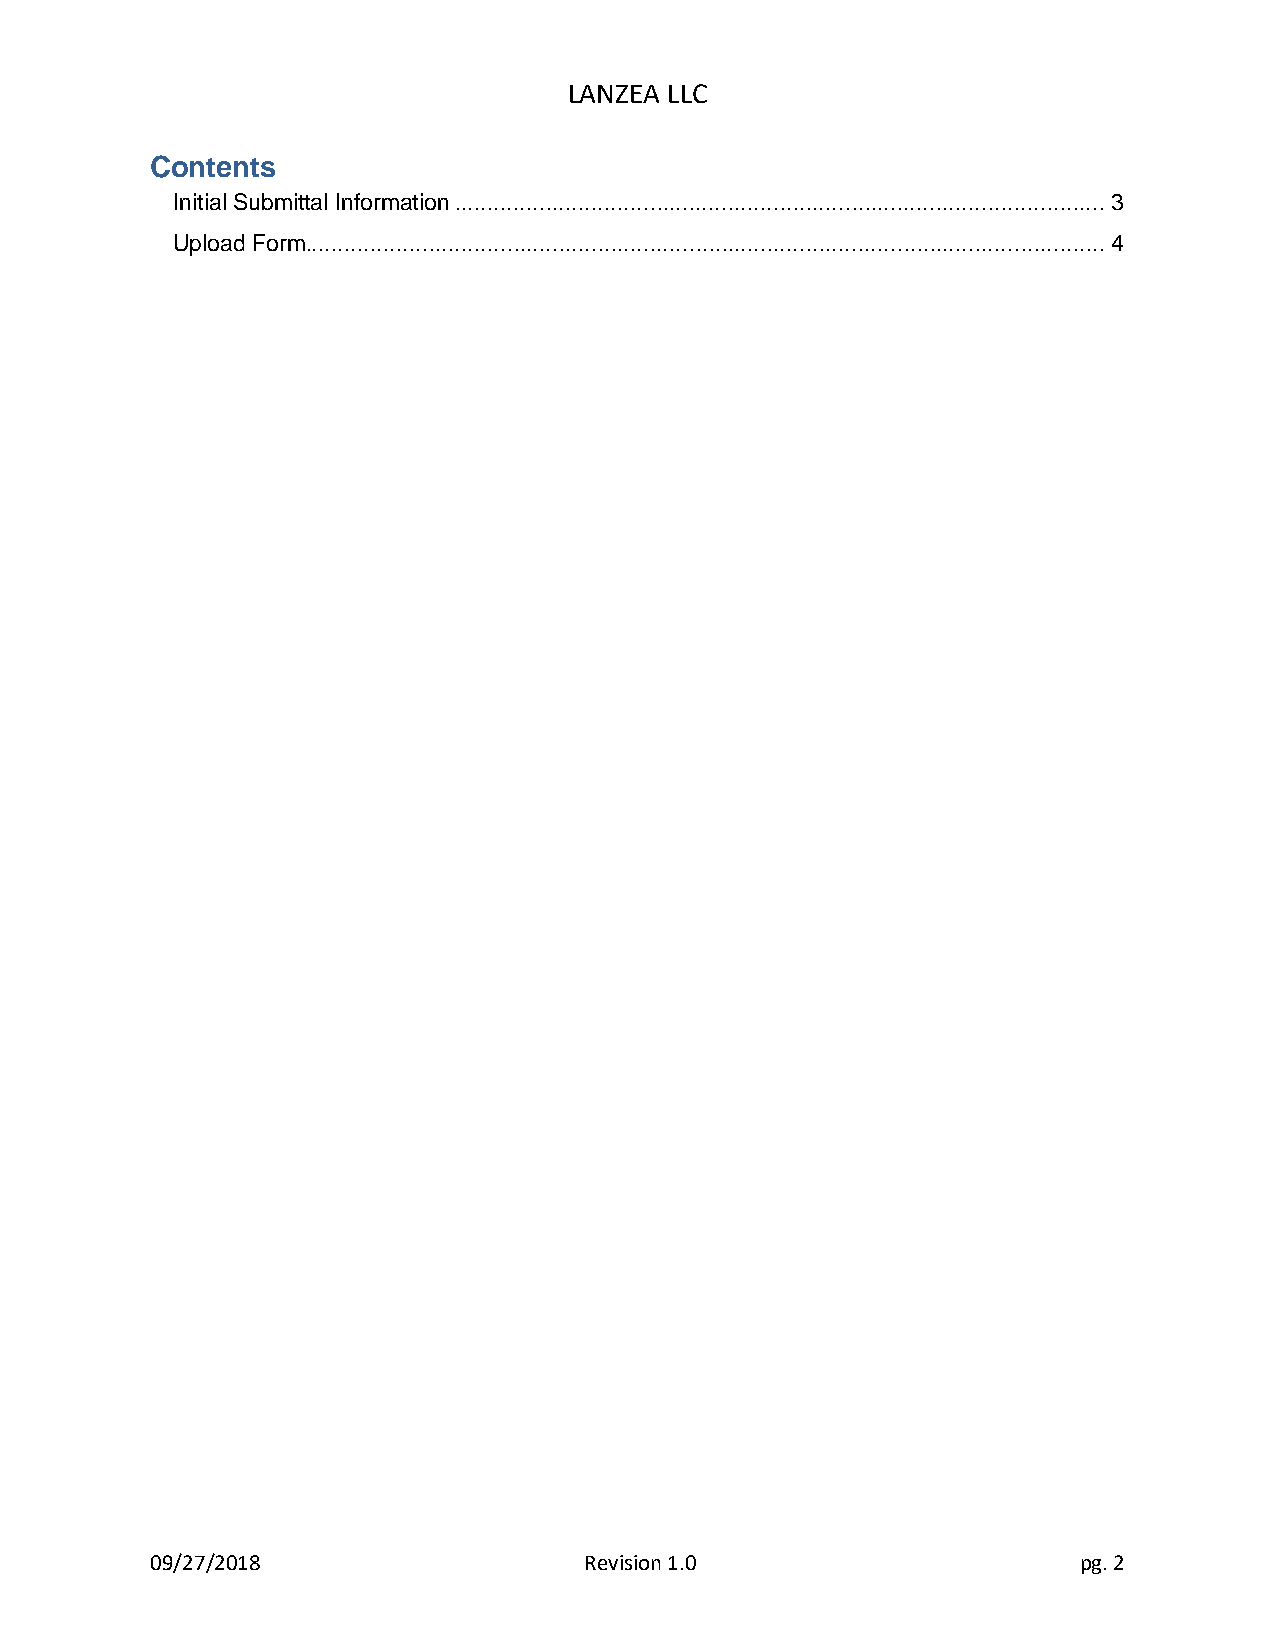
LANZEA LLC
 Contents
 Initial Submittal Information .................................................................................................... 3
 Upload Form........................................................................................................................... 4
 09/27/2018                   Revision 1.0                    pg. 2